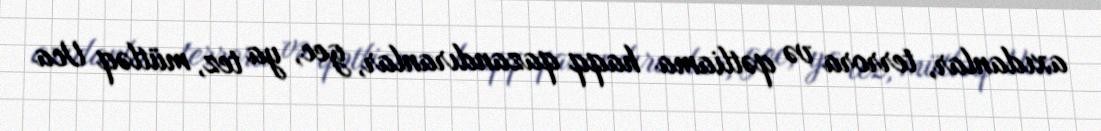
axıdanlar, terrora və qətliama haqq qazandıranlar, gec, ya tez, mütləq Uca